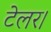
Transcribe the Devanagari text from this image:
टेलर।